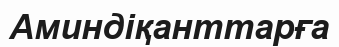
Аминдіқанттарға